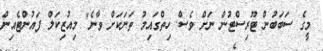
މީގެ ސަބަބުން ޓޫރިސްޓުން ނަށް ވެސް ހިތްގައިމު ތަނަކަށް ވާނެ" މިއުޒިކަލް ފައުންޓެއިން